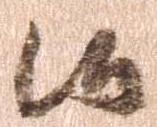
御